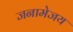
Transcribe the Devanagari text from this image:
जनामेजय